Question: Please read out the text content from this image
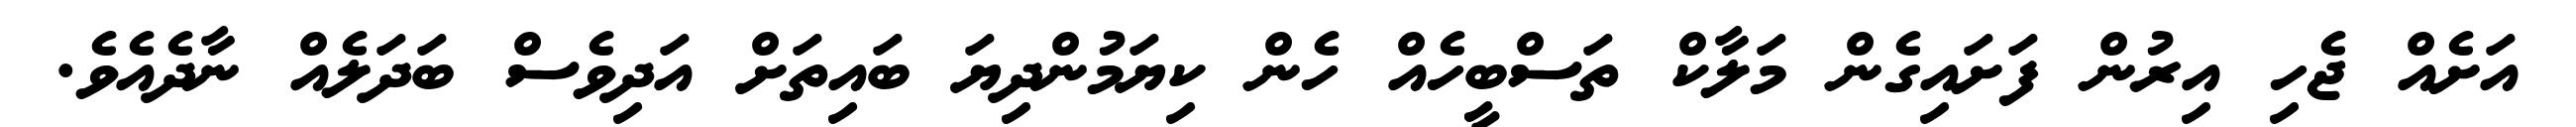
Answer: އަށެއް ޖެހި އިރުން ފަށައިގެން މަލާކް ތަސްބީހެއް ހެން ކިޔަމުންދިޔަ ބައިތަށް އަދިވެސް ބަދަލެއް ނާދެއެވެ.